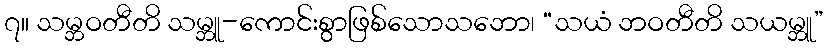
၇။ သမ္ဘဝတီတိ သမ္ဘူ-ကောင်းစွာဖြစ်သောသဘော၊ “သယံ ဘဝတီတိ သယမ္ဘူ”